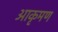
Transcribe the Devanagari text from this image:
आकृमण